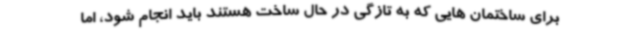
برای ساختمان هایی که به تازگی در حال ساخت هستند باید انجام شود، اما